Note on the mental hospitals in Burma - 1925-1940
Year: 1925
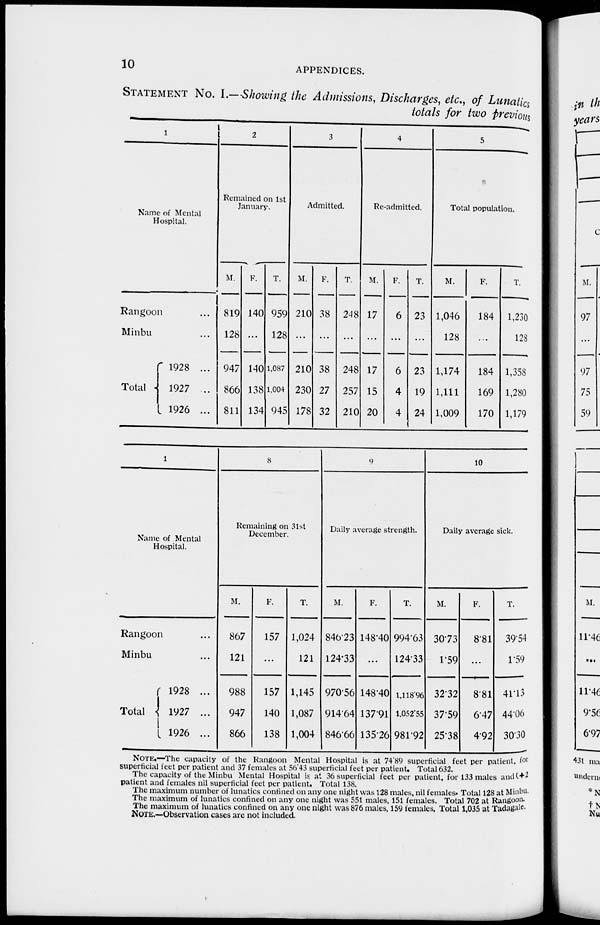
10
APPENDICES.
STATEMENT NO. I.—Showing the Admissions, Discharges, etc., of Lunatics
totals for two previous
1
Name of Mental
Hospital.
Rangoon ...
Minbu ...
Total
1928 ...
1927 ...
1926 ...
2
Remained on 1st
January.
M.
819
128
947
866
811
F.
140
...
140
138
134
T.
959
128
1,087
1,004
945
3
Admitted.
M.
210
...
210
230
178
F.
38
...
38
27
32
T.
248
...
248
257
210
4
Re-admitted.
M.
17
...
17
15
20
F.
6
...
6
4
4
T.
23
...
23
19
24
5
Total population.
M.
1,046
128
1,174
1,111
1,009
F.
184
...
184
169
170
T.
1,230
128
1,358
1,280
1,179
1
Name of Mental
Hospital.
Rangoon ...
Minbu ...
Total
1928 ...
1927 ...
1926 ...
8
Remaining on 31st
December.
M.
867
121
988
947
866
F.
157
...
157
140
138
T.
1,024
121
1,145
1,087
1,004
9
Daily average strength.
M.
846.23
124.33
970.56
914.64
846.66
F.
148.40
...
148.40
137.91
135.26
T.
994.63
124.33
1,118.96
1,052.55
981.92
10
Daily average sick.
M.
30.73
1.59
32.32
37.59
25.38
F.
8.81
...
8.81
6.47
4.92
T.
39.54
1.59
41.13
44.06
30.30
NOTE.—The capacity of the Rangoon Mental Hospital is at 74.89 superficial feet per patient, for
superficial feet per patient and 37 females at 56.43 superficial feet per patient. Total 632.
The capacity of the Minbu Mental Hospital is at 36 superficial feet per patient, for 133 males and (+2
patient and females nil superficial feet per patient. Total 138.
The maximum number of lunatics confined on any one night was 128 males, nil females. Total 128 at Minbu.
The maximum of lunatics confined on any one night was 551 males, 151 females. Total 702 at Rangoon.
The maximum of lunatics confined on any one night was 876 males, 159 females, Total 1,035 at Tadagale.
NOTE.—Observation cases are not included.